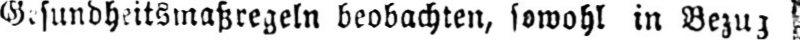
beobachten, sowohl in Bezug